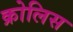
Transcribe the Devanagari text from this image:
क्रोलिस